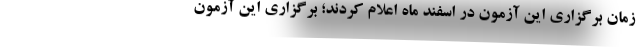
زمان برگزاری این آزمون در اسفند ماه اعلام کردند؛ برگزاری این آزمون